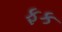
ફક